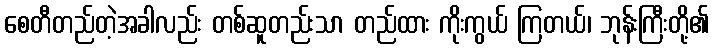
စေတီတည်တဲ့အခါလည်း တစ်ဆူတည်းသာ တည်ထား ကိုးကွယ် ကြတယ်၊ ဘုန်းကြီးတို့၏